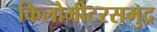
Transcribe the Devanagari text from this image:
किलोमीटरसमुद्र